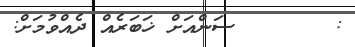
:       ސަންއަށް ޚަބަރެއް ދެއްވުމަށް: